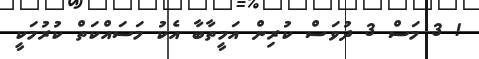
! 3 މަސް 3 ދުވަސް ކުރިން އަމީތާބާ އެކު މަސައްކަތް ކުރުމަކީ